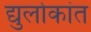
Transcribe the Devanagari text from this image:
द्युलोकांत